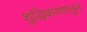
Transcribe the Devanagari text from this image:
शुद्धिकरणातून